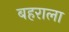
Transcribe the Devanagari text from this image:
बहराला